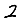
Digit: 2